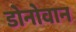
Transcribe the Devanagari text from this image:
डोनोवान